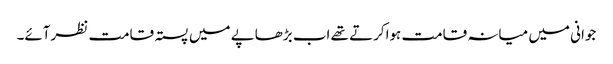
جوانی میں میانہ قامت ہواکرتے تھے اب بڑھاپے میں پستہ قامت نظرآئے۔